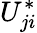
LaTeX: U_{ji}^{*}